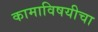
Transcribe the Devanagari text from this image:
कामाविषयीचा